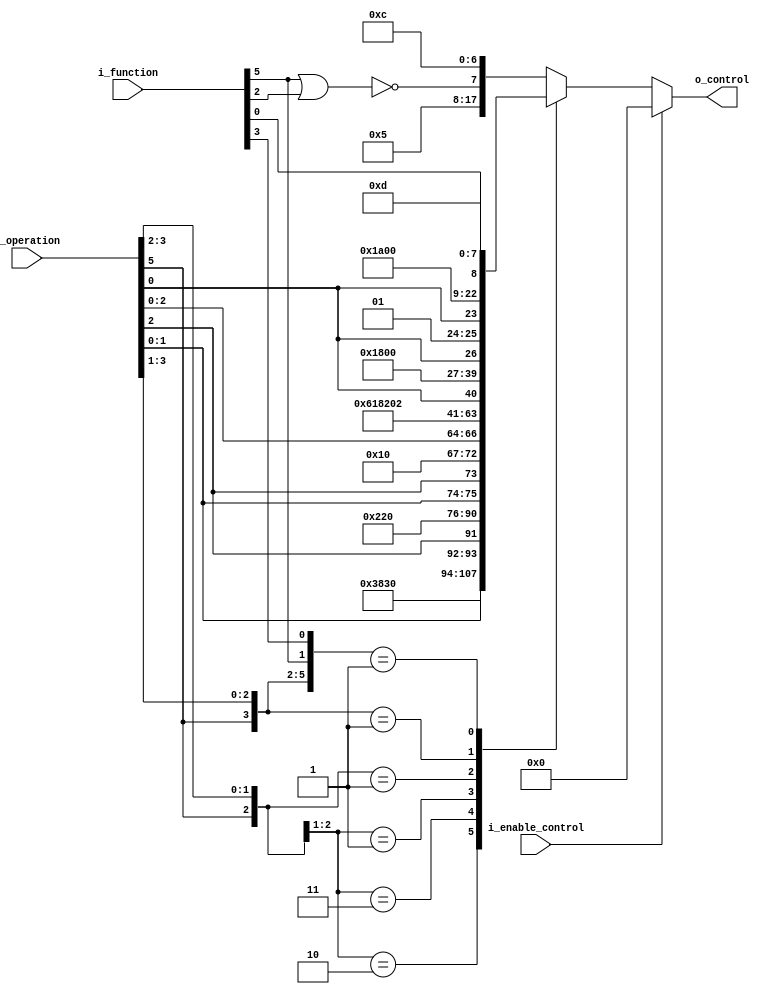
`timescale 1ns / 1ps
//////////////////////////////////////////////////////////////////////////////////
// Company: 
// Engineer: 
// 
// Design Name: 
// Module Name: mod_control
// Project Name: 
// Target Devices: 
// Tool Versions: 
// Description: 
// 
// Dependencies: 
// 
// Revision:
// Revision 0.01 - File Created
// Additional Comments:
// 
//////////////////////////////////////////////////////////////////////////////////


module mod_control #(
    parameter FUN_SIZE = 6,
    parameter SIGNALS_SIZE = 18
)
(
    input   [FUN_SIZE - 1 : 0]      i_function,
    input   [FUN_SIZE - 1 : 0]      i_operation,
    input                           i_enable_control,
    output  [SIGNALS_SIZE - 1 : 0]  o_control
);

    reg [SIGNALS_SIZE - 1 : 0] o_control_data;
//  17	    16	    15	      14	 13	     12   11	10	  9	      8	      7	      6	       5	    4	     3	       2	      1        0
//RegDst MemToReg MemRead	Branch MemWrite	Ope2 Ope1 Ope0 ALUSrc RegWrite ShiftSrc JmpSrc JReturnDst EQorNE DataMask1 DataMask0 IsUnsigned JmpOrBrch
    always @(*)  
    begin
        if(~i_enable_control)
        begin        
            casez({i_operation, i_function})
                12'b1?0?????????:
                    o_control_data = {14'b11100000110000,i_operation[1],i_operation[0],i_operation[2],1'b0}; 
                12'b1?1?????????: 
                    o_control_data = {14'b00001000100000,i_operation[1],i_operation[0],i_operation[2],1'b0};
                12'b0?1?????????:  
                    o_control_data = {5'b10000, i_operation[2],i_operation[1],i_operation[0], 10'b1100001100};
                12'b0?01????????: 
                    o_control_data = {13'b0001000000010, i_operation[0], 4'b1100};
                12'b0?001???????: 
                    o_control_data = {9'b000000000,i_operation[0],2'b01,i_operation[0],5'b01101};
                12'b0?000?0?1???: 
                    o_control_data = {9'b000000000, i_function[0],8'b00001101};
                default: // 001 Para que la Alu Control use el campo FUNC
                    o_control_data = {10'b0000000101,~(i_function[5] | i_function[2]),7'b0001100};
            endcase
        end
        else
            o_control_data = 18'b0;
    end
    
    assign o_control = o_control_data;
endmodule